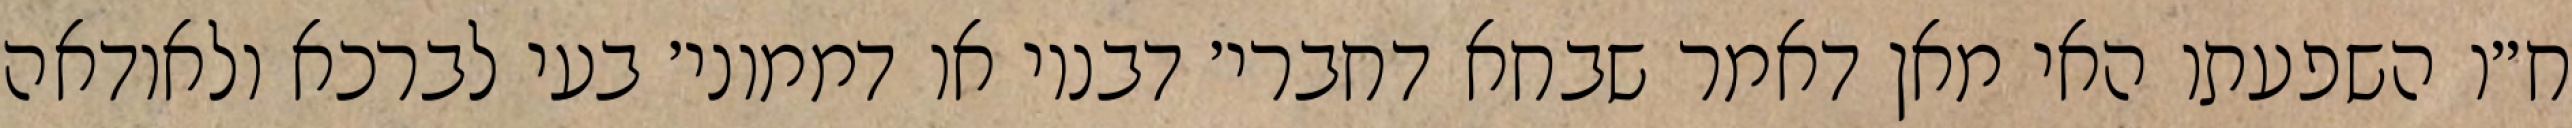
ח״ו השפעתו האי מאן דאמר שבחא דחברי׳ דבנוי או דממוני׳ בעי לברכא ולאודאה